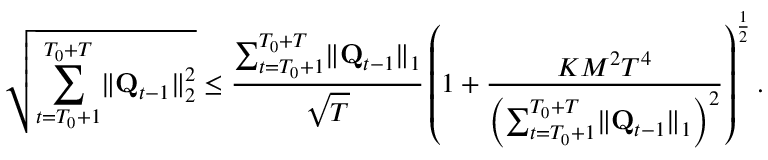
\sqrt { \sum _ { t = T _ { 0 } + 1 } ^ { T _ { 0 } + T } \lVert \mathbf Q _ { t - 1 } \rVert _ { 2 } ^ { 2 } } \le \frac { \sum _ { t = T _ { 0 } + 1 } ^ { T _ { 0 } + T } \lVert \mathbf Q _ { t - 1 } \rVert _ { 1 } } { \sqrt T } \left( 1 + \frac { K M ^ { 2 } T ^ { 4 } } { \left( \sum _ { t = T _ { 0 } + 1 } ^ { T _ { 0 } + T } \lVert \mathbf Q _ { t - 1 } \rVert _ { 1 } \right) ^ { 2 } } \right) ^ { \frac 1 2 } .